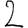
Digit: 2